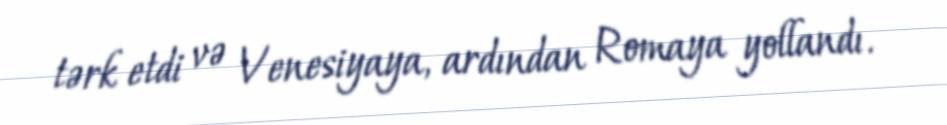
tərk etdi və Venesiyaya, ardından Romaya yollandı.